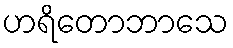
ဟရိတောဘာသေ